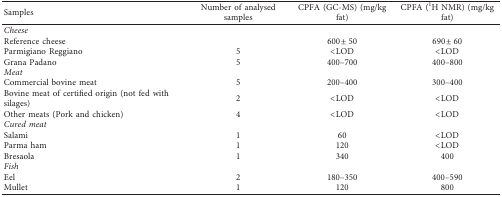
| Samples | Number of analysed samples | CPFA (GC-MS) (mg/kg fat) | CPFA (1H NMR) (mg/kg fat) |
 | --- | --- | --- | --- |
 | Cheese |  |  |  |
 | Reference cheese |  | 600 ± 50 | 690 ± 60 |
 | Parmigiano Reggiano | 5 | <LOD | <LOD |
 | Grana Padano | 5 | 400–700 | 400–800 |
 | Meat |  |  |  |
 | Commercial bovine meat | 5 | 200–400 | 300–400 |
 | Bovine meat of certified origin (not fed with silages) | 2 | <LOD | <LOD |
 | Other meats (Pork and chicken) | 4 | <LOD | <LOD |
 | Cured meat |  |  |  |
 | Salami | 1 | 60 | <LOD |
 | Parma ham | 1 | 120 | <LOD |
 | Bresaola | 1 | 340 | 400 |
 | Fish |  |  |  |
 | Eel | 2 | 180–350 | 400–590 |
 | Mullet | 1 | 120 | 800 |